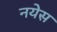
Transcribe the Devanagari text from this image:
नयेस